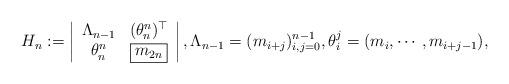
LaTeX: \begin{align*}H_n:=\left|\begin{array}{cc}\Lambda_{n-1}&(\theta_n^n)^\top\\\theta_n^n&\boxed{m_{2n}}\end{array}\right|,\Lambda_{n-1}=(m_{i+j})_{i,j=0}^{n-1},\theta_i^j=(m_i,\cdots,m_{i+j-1}),\end{align*}